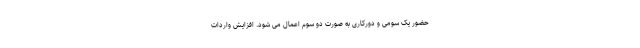
حضور یک سومی و دورکاری به صورت دو سوم اعمال می شود. افزایش واردات